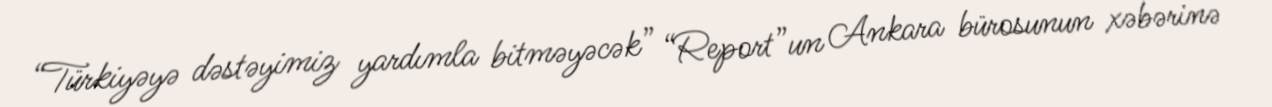
“Türkiyəyə dəstəyimiz yardımla bitməyəcək” “Report”un Ankara bürosunun xəbərinə